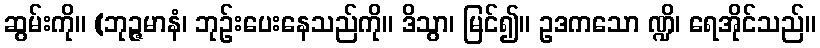
ဆွမ်းကို။ (ဘုဉ္ဇမာနံ၊ ဘုဉ်းပေးနေသည်ကို။ ဒိသွာ၊ မြင်၍။ ဥဒကသော ဏ္ဍိ၊ ရေအိုင်သည်။